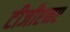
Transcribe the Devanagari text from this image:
टीजीएनए